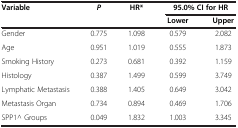
<table><thead><tr><td rowspan="2"><b>Variable</b></td><td rowspan="2"><b><i>P</i></b></td><td rowspan="2"><b>HR*</b></td><td colspan="2"><b>95.0% CI for HR</b></td></tr><tr><td><b>Lower</b></td><td><b>Upper</b></td></tr></thead><tbody><tr><td>Gender</td><td>0.775</td><td>1.098</td><td>0.579</td><td>2.082</td></tr><tr><td>Age</td><td>0.951</td><td>1.019</td><td>0.555</td><td>1.873</td></tr><tr><td>Smoking History</td><td>0.273</td><td>0.681</td><td>0.392</td><td>1.159</td></tr><tr><td>Histology</td><td>0.387</td><td>1.499</td><td>0.599</td><td>3.749</td></tr><tr><td>Lymphatic Metastasis</td><td>0.388</td><td>1.405</td><td>0.649</td><td>3.042</td></tr><tr><td>Metastasis Organ</td><td>0.734</td><td>0.894</td><td>0.469</td><td>1.706</td></tr><tr><td>SPP1^ Groups</td><td>0.049</td><td>1.832</td><td>1.003</td><td>3.345</td></tr></tbody></table>